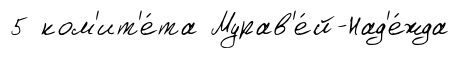
5 ком'ит'е́та Мурав'е́й-Над'е́жда